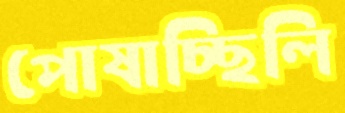
পোষাচ্ছিলি